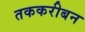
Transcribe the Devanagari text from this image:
तककरीबन